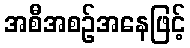
အစီအစဉ်အနေဖြင့်